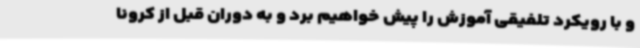
و با رویکرد تلفیقی آموزش را پیش خواهیم برد و به دوران قبل از کرونا